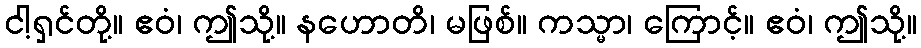
ငါ့ရှင်တို့။ ဧဝံ၊ ဤသို့။ နဟောတိ၊ မဖြစ်။ ကသ္မာ၊ ကြောင့်။ ဧဝံ၊ ဤသို့။